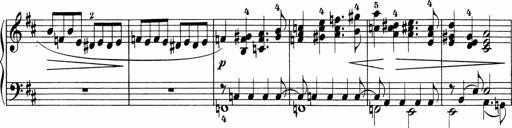
Title: 5 Sonatinen fÃ¼r die Jugend
Composer: Carl Reinecke